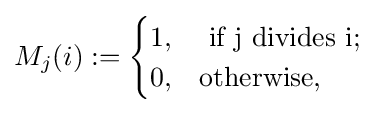
M_{j}(i):={\begin{cases}1,&{\text{ if j divides i; }}\\0,&{\text{otherwise, }}\end{cases}}